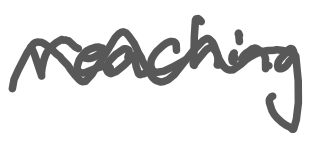
Text: reaching
Cross-out: wave
Writing tool: digital_gray